Report on vaccination in the Province of Bengal - 1869-1873
Year: 1869
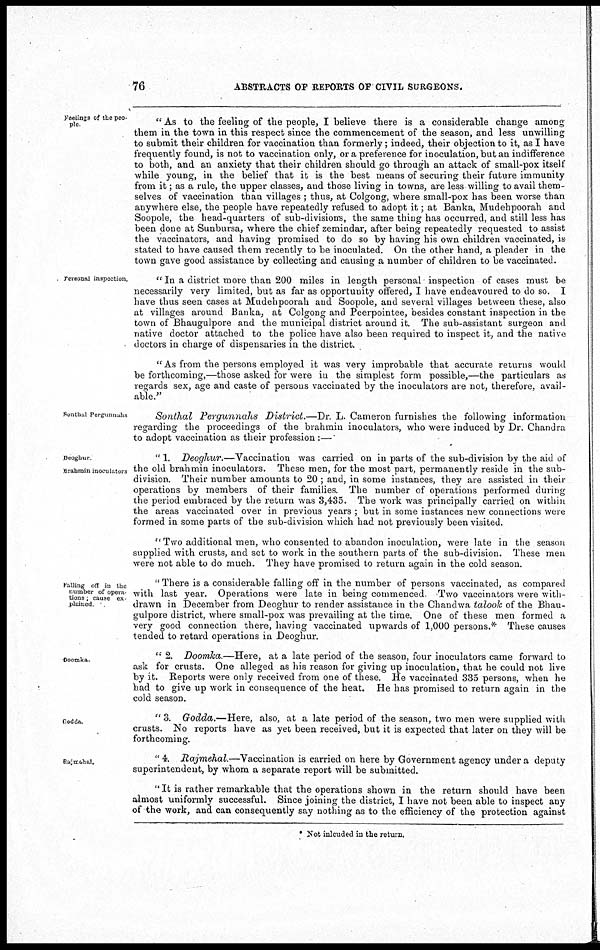
76
ABSTRACTS OF REPORTS OF CIVIL SURGEONS.
Feelings of the peo-
ple
" As to the feeling of the people, I believe there is a considerable change among
them in the town in this respect since the commencement of the season, and less unwilling
to submit their children for vaccination than formerly; indeed, their objection to it, as I have
frequently found, is not to vaccination only, or a preference for inoculation, but an indifference
to both, and an anxiety that their children should go through an attack of small-pox itself
while young, in the belief that it is the best means of securing their future immunity
from it; as a rule, the upper classes, and those living in towns, are less willing to avail them-
selves of vaccination than villages ; thus, at Colgong, where small-pox has been worse than
anywhere else, the people have repeatedly refused to adopt it; at Banka, Mudehpoorah and
Soopole, the head-quarters of sub-divisions, the same thing has occurred, and still less has
been done at Sunbursa, where the chief zemindar, after being repeatedly requested to assist
the vaccinators, and having promised to do so by having his own children vaccinated, is
stated to have caused them recently to be inoculated. On the other hand, a pleader in the
town gave good assistance by collecting and causing a number of children to be vaccinated.
personal inspection.
" In a district more than 200 miles in length personal inspection of cases must be
necessarily very limited, but as far as opportunity offered, I have endeavoured to do so. I
have thus seen cases at Mudehpoorah and Soopole, and several villages between these, also
at villages around Banka, at Colgong and Peerpointee, besides constant inspection in the
town of Bhaugulpore and the municipal district around it. The sub-assistant surgeon and
native doctor attached to the police have also been required to inspect it, and the native
doctors in charge of dispensaries in the district.
" As from the persons employed it was very improbable that accurate returns would
be forthcoming,—those asked for were in the simplest form possible,—the particulars as
regards sex, age and caste of persons vaccinated by the inoculators are not, therefore, avail-
able."
Sonthal Pergunnahs
Sonthal Pergunnahs District.—Dr. L. Cameron furnishes the following information
regarding the proceedings of the brahmin inoculators, who were induced by Dr. Chandra
to adopt vaccination as their profession:—
Deoghur
Brahmin inoculators
" 1. Deoghur.—Vaccination
was carried on in parts of the sub-division by the aid of
the old brahmin inoculators. These men, for the most part, permanently reside in the sub-
division. Their number amounts to 20 ; and, in some instances, they are assisted in their
operations by members of their families. The number of operations performed during
the period embraced by the return was 3,435. The work was principally carried on within
the areas vaccinated over in previous years; but in some instances new connections were
formed in some parts of the sub-division which had not previously been visited.
"Two additional men, who consented to abandon inoculation, were late in the season
supplied with crusts, and set to work in the southern parts of the sub-division. These men
were not able to do much. They have promised to return again in the cold season.
Falling off in the
number of opera¬
tions, cause ex-
plained
" There is a considerable falling off in the number of persons vaccinated, as compared
with last year. Operations were late in being commenced. Two vaccinators were with-
drawn in December from Deoghur to render assistance in the Chandwa talook of the Bhau-
gulpore district, where small-pox was prevailing at the time. One of these men formed a
very good connection there, having vaccinated upwards of 1,000 persons.* These causes
tended to retard operations in Deoghur.
Doomka.
" 2. Doomka.—Here, at a late period of the season, four inoculators came forward to
ask for crusts. One alleged as his reason for giving up inoculation, that he could not live
by it. Reports were only received from one of these. He vaccinated 335 persons, when he
had to give up work in consequence of the heat. He has promised to return again in the
cold season.
Godda.
" 3. Godda.—Here, also, at a late period of the season, two men were supplied with
crusts. No reports have as yet been received, but it is expected that later on they will be
forthcoming.
Rajmehal.
" 4. Rajmehal.—Vaccination
is carried on here by Government agency under a deputy
superintendent, by whom a separate report will be submitted.
" It is rather remarkable that the operations shown in the return should have been
almost uniformly successful. Since joining the district, I have not been able to inspect any
of the work, and can consequently say nothing as to the efficiency of the protection against
* Not inlcuded in the return.